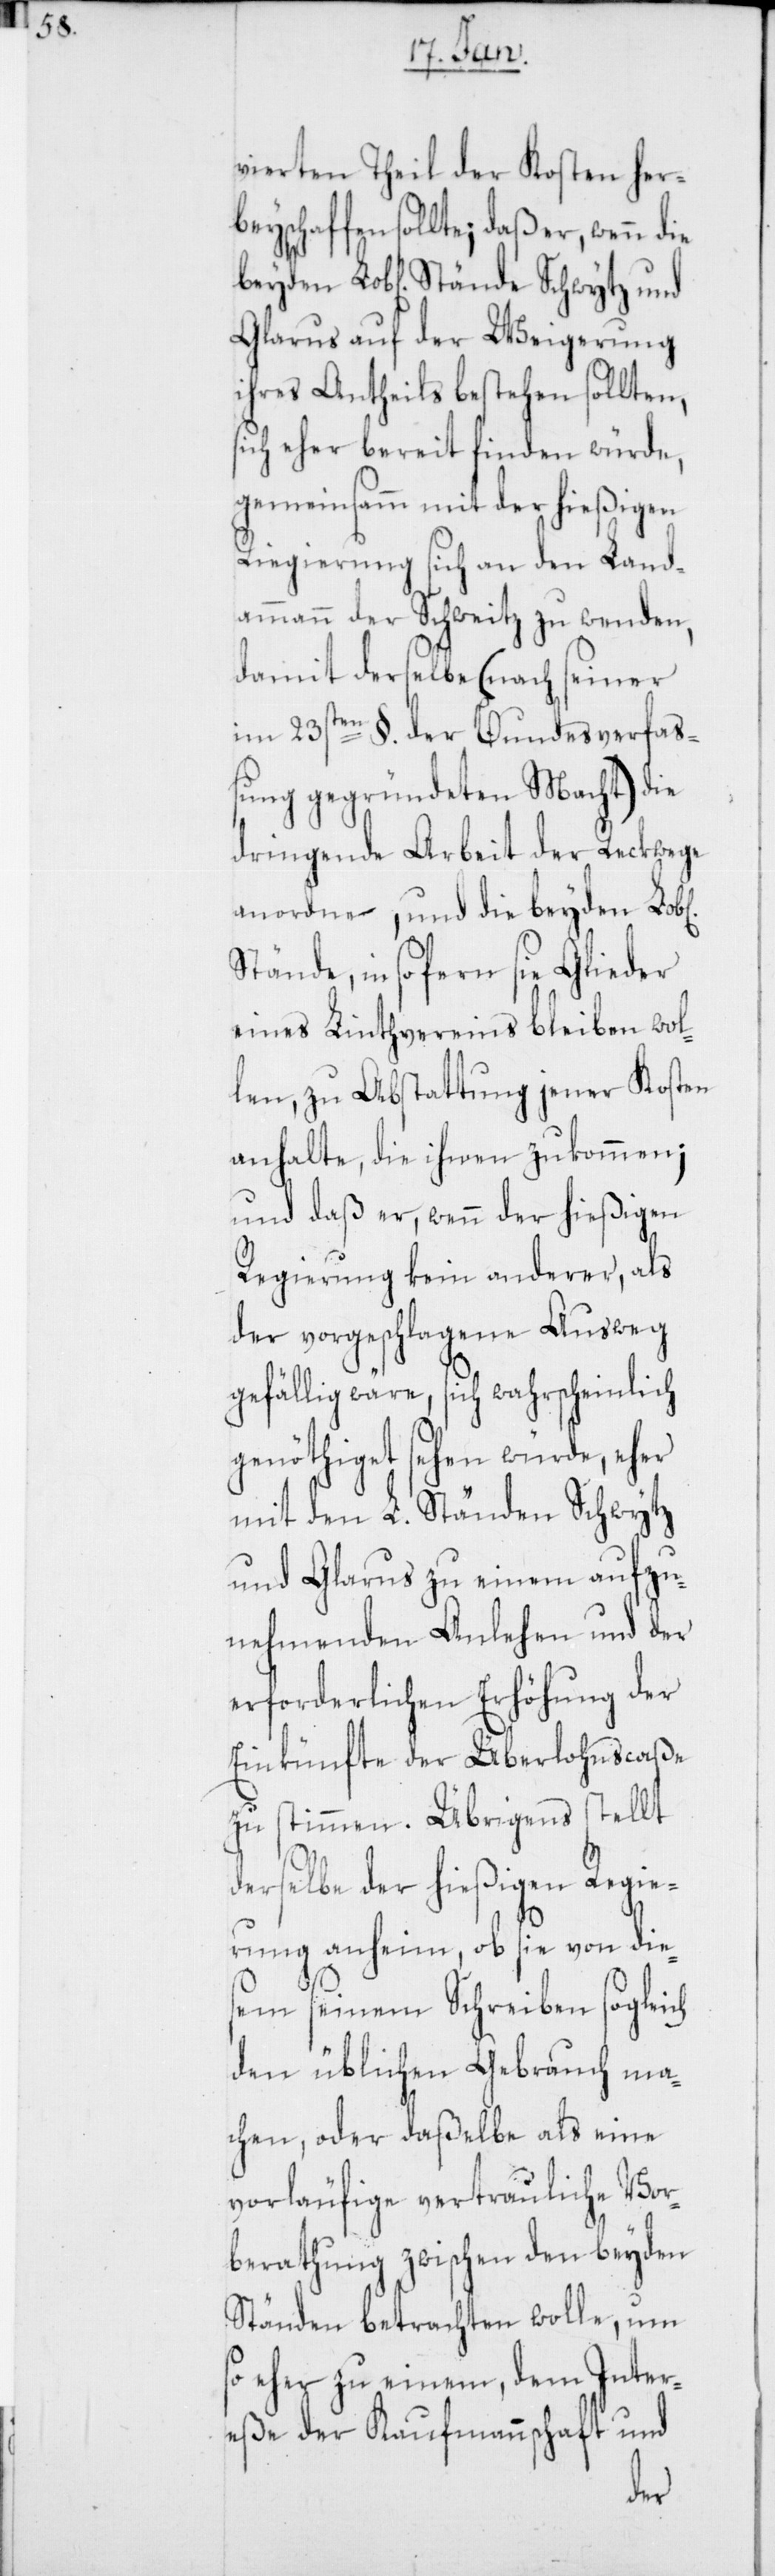
vierten Theil der Kosten her¬
beyschaffen sollte; daß er, wenn die
Glarus auf der Weigerung
ihres Antheils bestehen sollten,
sich eher bereit finden würde,
gemeinsam mit der hießigen
Regierung sich an den Land¬
ammann der Schweitz zu wenden,
damit derselbe (nach seiner
im 23sten §. der Bundesverfas¬
sung gegründeten Macht) die
dringende Arbeit der Reckwege
anordne, und die beyden
Stände, insofern sie Glieder
eines Linthvereins bleiben wol¬
len, zu Abstattung jener Kosten
anhalte, die ihnen zukommen;
und daß er, wenn der hießigen
Regierung kein anderer, als
der vorgeschlagene Ausweg
gefällig wäre, sich wahrscheinlich
genöthiget sehen würde, eher
mit den L. Ständen Schwytz
und Glarus zu einem aufzu¬
nehmenden Anlehen und der
erforderlichen Erhöhung der
Einkünfte der Überlohnscaße
zu stimmen. Übrigens stellt
derselbe der hießigen Regie¬
rung anheim, ob sie von die¬
sem seinem Schreiben sogleich
den üblichen Gebrauch ma¬
chen, oder daßelbe als eine
vorläufige vertrauliche Vor¬
berathung zwischen den beyden
Ständen betrachten wolle, um
so eher zu einem, dem Inter¬
eße der Kaufmannschaft und